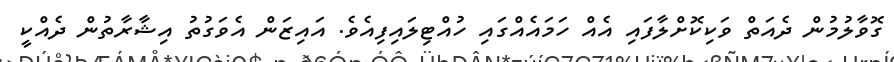
ގޮވާލުމުން ދެއަތް ވަކިކޮށްލާފައި އެއް ހަމައެއްގައި ހުއްޓިލައިފިއެވެ. އައިޒަން އެވަގުތު އިޝާރާތުން ދެއްކީ